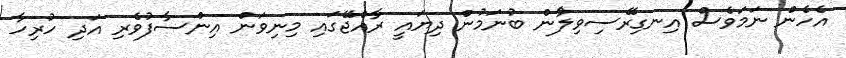
އެހެން ނަމަވެސް އިނގިރޭސިވިލާުން ބުނަމުން ދިޔައީ ރާއްޖޭގައި މިނިވަން އިންސާފުވެރި އަދި ހުރިހާ